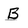
Character: B